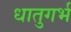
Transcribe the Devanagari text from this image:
धातुगर्भ